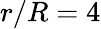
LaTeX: r/R=4